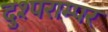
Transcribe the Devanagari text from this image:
दुश्पराम्पर